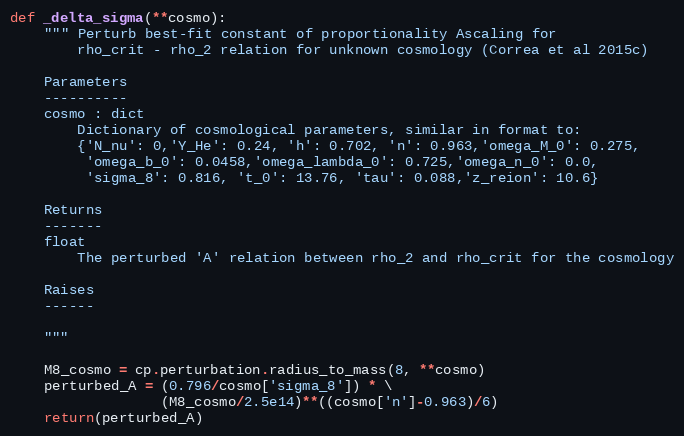
Language: Python
def _delta_sigma(**cosmo):
    """ Perturb best-fit constant of proportionality Ascaling for
        rho_crit - rho_2 relation for unknown cosmology (Correa et al 2015c)

    Parameters
    ----------
    cosmo : dict
        Dictionary of cosmological parameters, similar in format to:
        {'N_nu': 0,'Y_He': 0.24, 'h': 0.702, 'n': 0.963,'omega_M_0': 0.275,
         'omega_b_0': 0.0458,'omega_lambda_0': 0.725,'omega_n_0': 0.0,
         'sigma_8': 0.816, 't_0': 13.76, 'tau': 0.088,'z_reion': 10.6}

    Returns
    -------
    float
        The perturbed 'A' relation between rho_2 and rho_crit for the cosmology

    Raises
    ------

    """

    M8_cosmo = cp.perturbation.radius_to_mass(8, **cosmo)
    perturbed_A = (0.796/cosmo['sigma_8']) * \
                  (M8_cosmo/2.5e14)**((cosmo['n']-0.963)/6)
    return(perturbed_A)